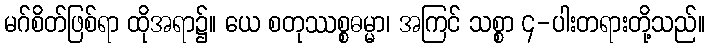
မဂ်စိတ်ဖြစ်ရာ ထိုအရာ၌။ ယေ စတုဿစ္စဓမ္မာ၊ အကြင် သစ္စာ ၄-ပါးတရားတို့သည်။